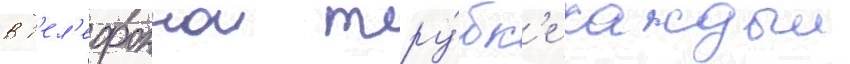
в т'ел'ефоннои тру́бк'е каждыи